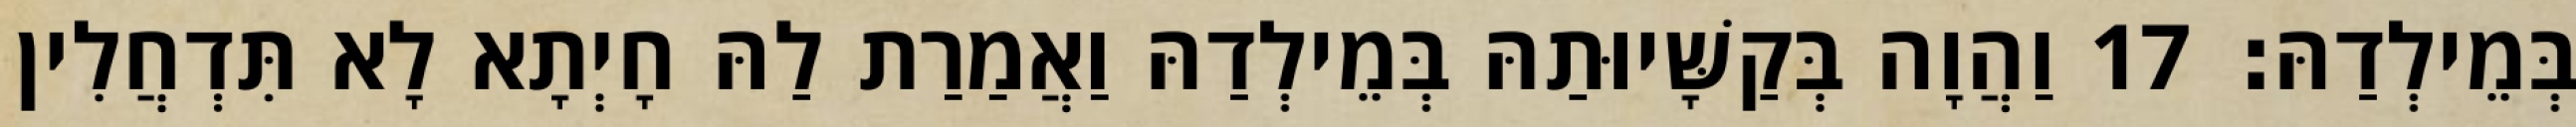
בְּמֵילְדַהּ׃ 17 וַהֲוָה בְּקַשָּׁיוּתַהּ בְּמֵילְדַהּ וַאֲמַרַת לַהּ חָיְתָא לָא תִּדְחֲלִין